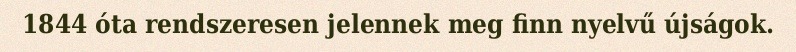
1844 óta rendszeresen jelennek meg finn nyelvű újságok.